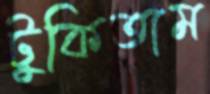
টুকিতাম